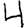
Digit: 4